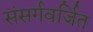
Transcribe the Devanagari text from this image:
संसर्गवर्जित